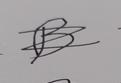
Signature authenticity: forged